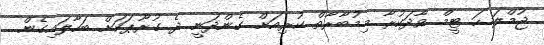
ޖުމްލަ ހަ ޓީމް ވާދަކުރާ މިމުބާރާތް ކުރިއަށް ގެންދަނީ ދެ ގުރޫޕަކަށް ބަހާލައިގެން